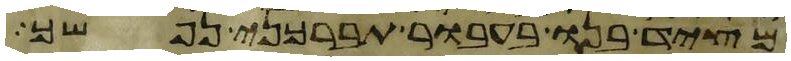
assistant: מציד בנו בעבור תברכני נפשך